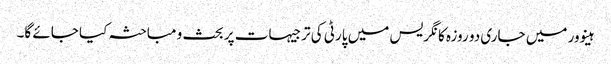
ہینوور میں جاری دو روزہ کانگریس میں پارٹی کی ترجیہات پر بحث و مباحثہ کیا جائے گا۔